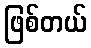
ဖြစ်တယ်